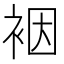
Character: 裀